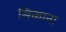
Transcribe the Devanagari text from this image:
सिकाना